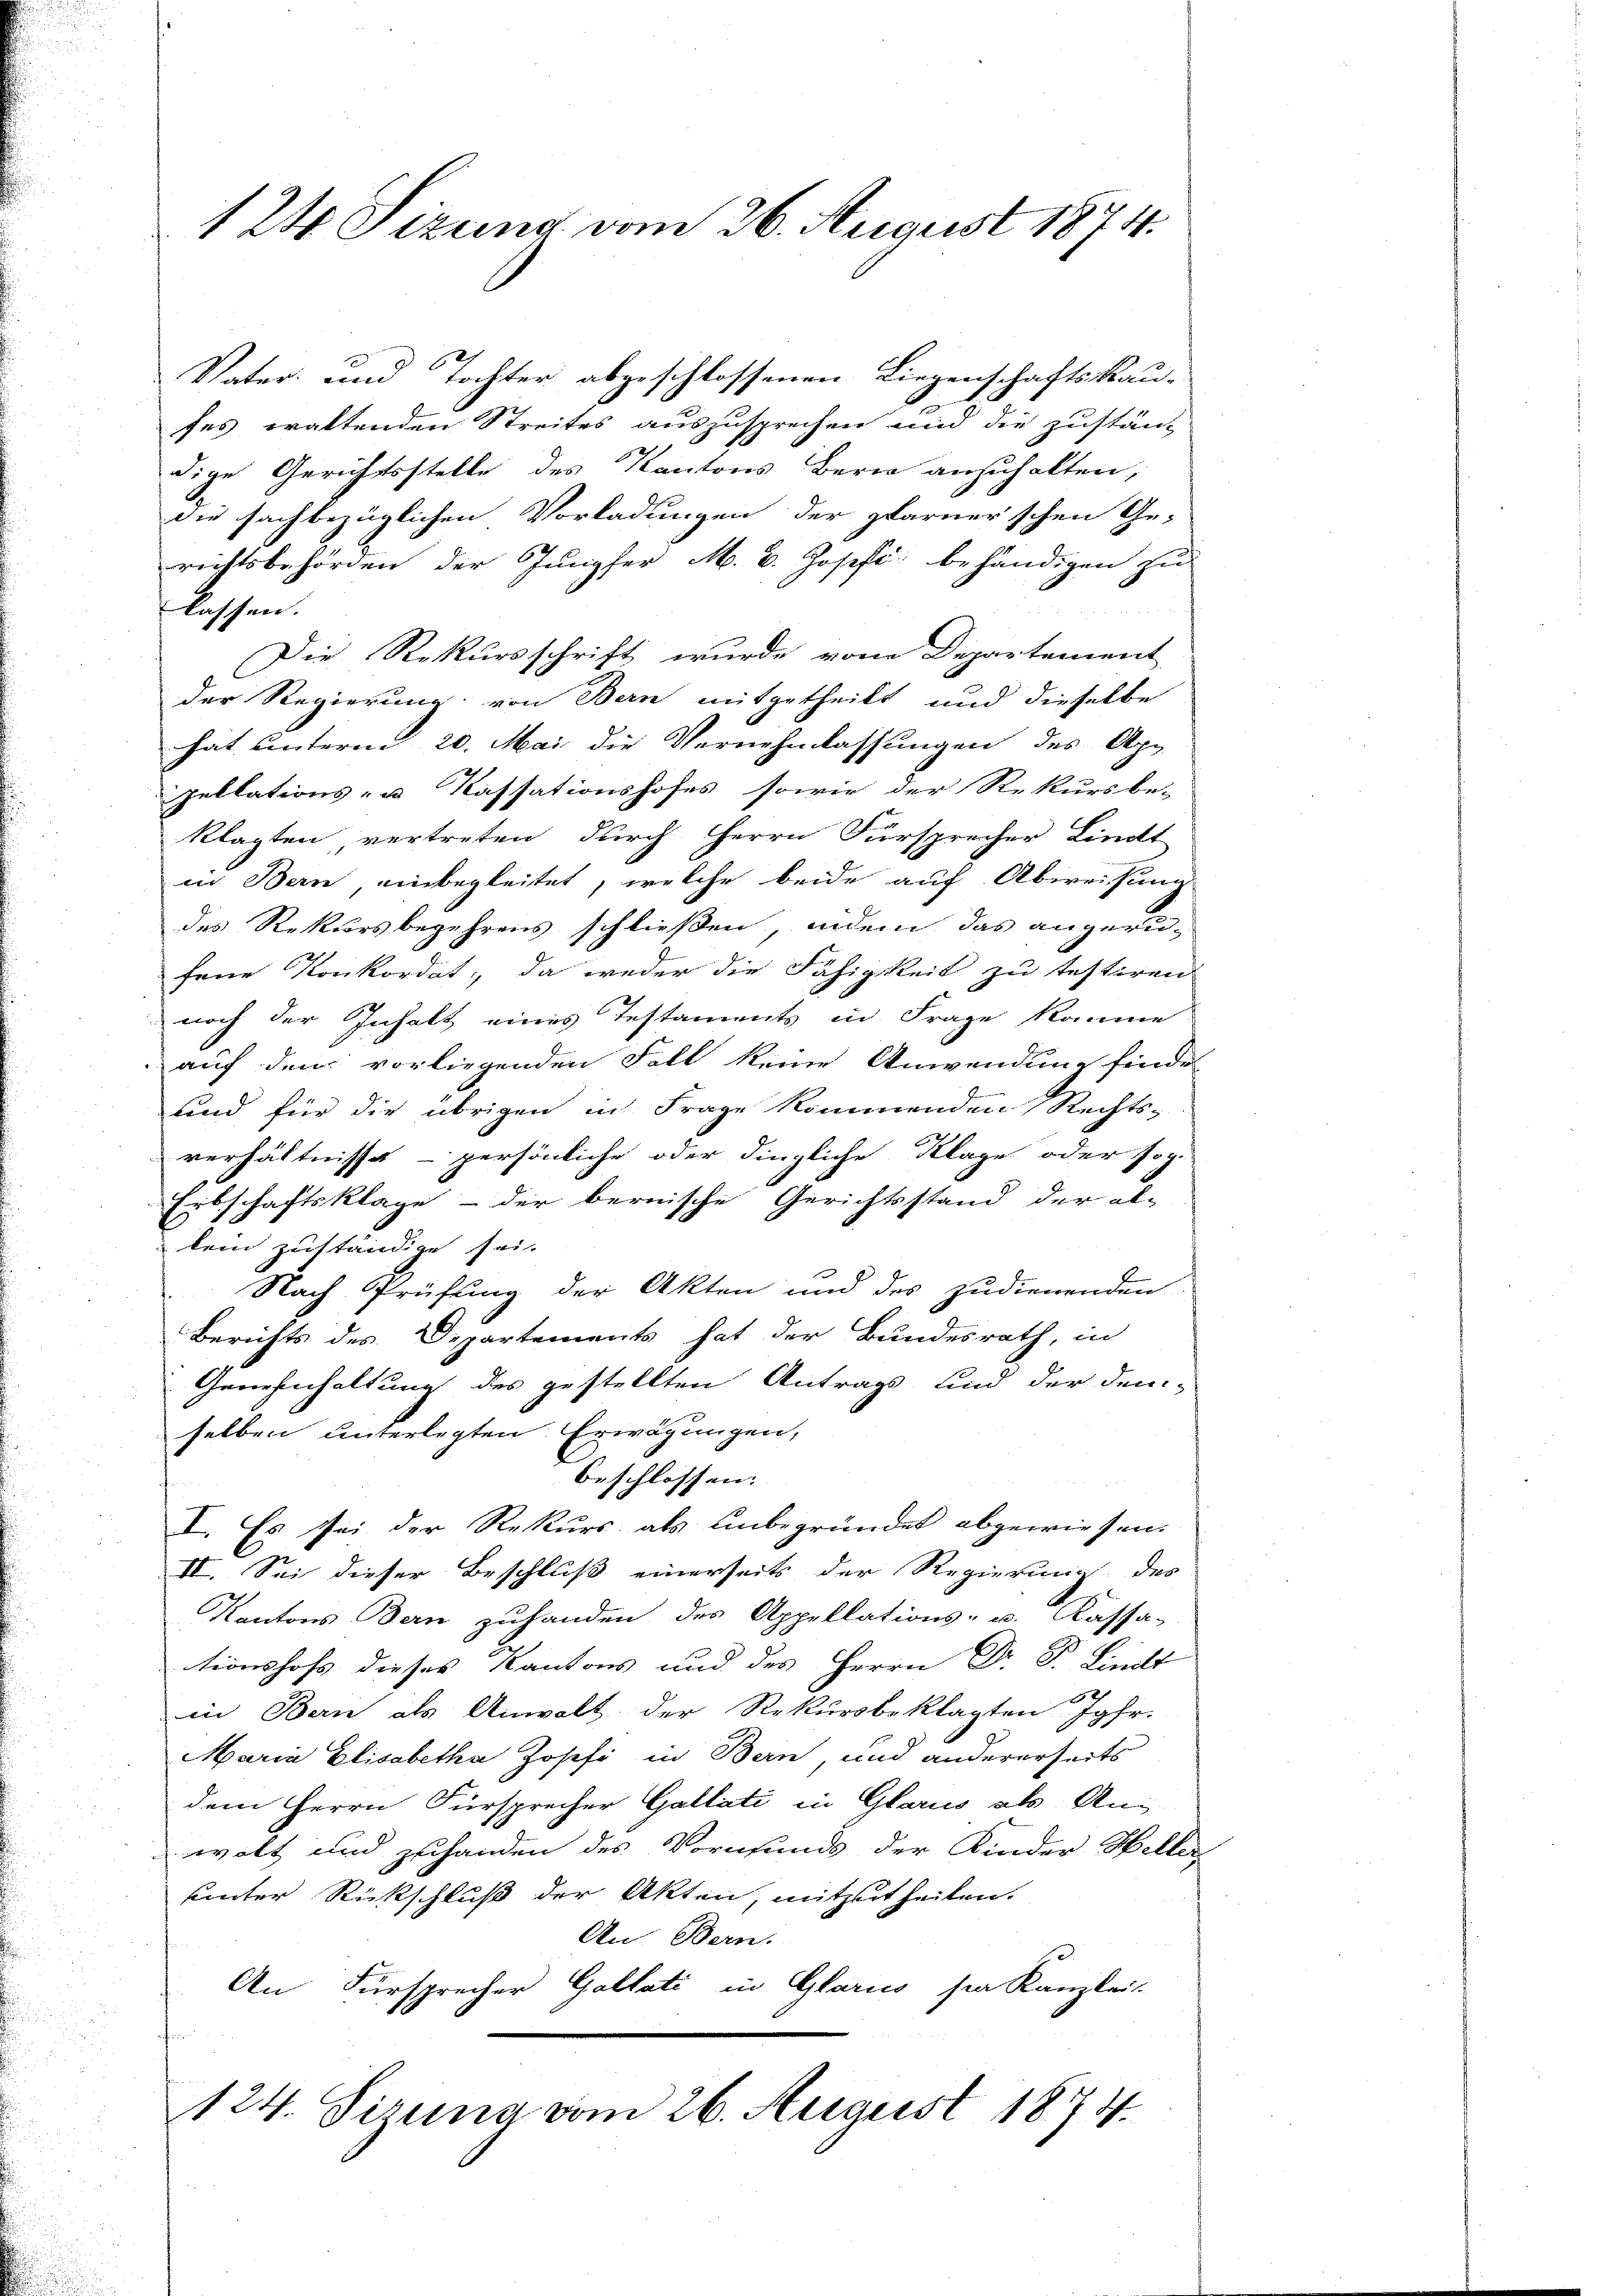
124 Sizung vom 26. August 1874.

Vater- und Tochter abgeschlossenen Liegenschaftskau-
fes waltenden Streites auszusprechen und die zustanz
dige Gerichtsstelle des Kantons Berne anzuhalten,
die sachbezüglichen Vorladungen der plarner’schen Ge-
richtsbehörden der Jungfer M. v. Josef. behändigen zu
lassen.
Die Rekursschrift wurde vom Departement
der Regierung von Bern mitgetheilt und dieselbe
hat unterm 20. Mai die Vernehmlassungen des App
pellations- u. Kassationshofes, sowie der Rekursbe-
klagten, vertreten durch Herrn Fürsprecher Lindt
in Bern, einbegleitet, welche beide auf Abweisung
des Rekursbegehrens schließen, indem das angerufene Konkordat, da weder die Fähigkeit zu testiren
noch der Inhalt eines Testaments in Frage komme
auf dem vorliegenden Fall keine Anwendung finde
und für die übrigen in Frage kommenden Rechts-
verhältnisse – persönliche oder dingliche Klage oder Joh.
Erbschaftsklage - der bernische Gerichtsstand der al-
kein zuständige sei.
Nach Prüfung der Akten und des zudienenden
Berichts des Departements hat der Bundesrath, in
Genehmhaltung des gestellten Antrags und der dem-
selben unterlegten Erwägungen,
beschlossen: |
I. Es sei der Rekurs als unbegründet abgewiesen.
II. Sei dieser Beschluß einerseits der Regierung des
Kantons Bern zuhanden des Appellations- u. Kassa-
tionshof dieses Kantons und des Herrn Dr. P. Lindt
in Bern als Anwalt der Rekursbeklagten Jgfr.
Maria Elisabetha Josefi in Bern, und andererseits
dem Herrn Fürsprecher Gallati in Glarus als Anwolt und zuhanden des Vormunds der Kinder Heller
uinter Rückschluß der Akten, mitzutheilen.
An Bern.
An Fürsprecher Goltati in Glarus sie Kanzlei
s
124. Sirung vom 26. August 1874.